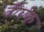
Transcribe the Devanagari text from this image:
दीर्घक